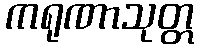
ကရုဏာသုတ္တ